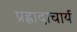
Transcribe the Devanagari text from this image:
प्रह्लादाचार्य